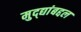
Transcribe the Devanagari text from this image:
मुद्द्यांबद्दल